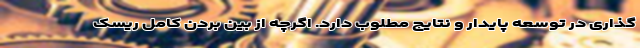
گذاری در توسعه پایدار و نتایج مطلوب دارد. اگرچه از بین بردن کامل ریسک